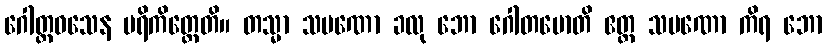
ဂေါတ္တဝသေန ပရိကိတ္တေတိ။ တသ္မာ သမဏော ခလု ဘော ဂေါတမောတိ ဧတ္ထ သမဏော ကိရ ဘော